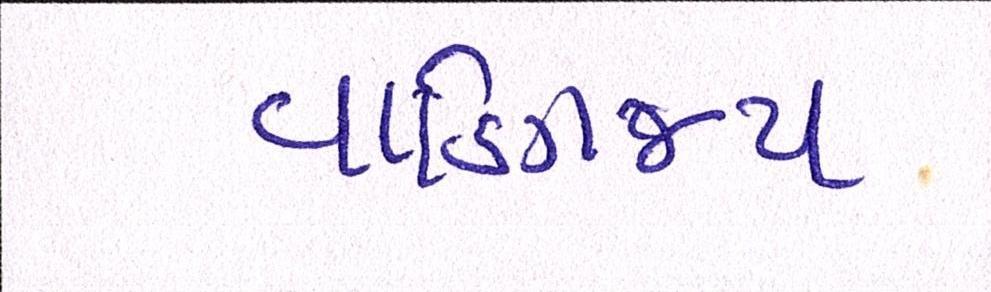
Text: વાણિજ્ય